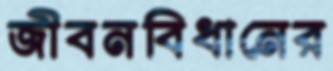
জীবনবিধানের